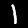
Digit: 1